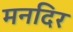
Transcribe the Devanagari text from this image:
मनदिर